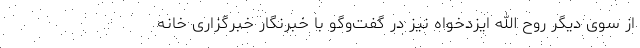
از سوی دیگر روح الله ایزدخواه نیز در گفت‌وگو با خبرنگار خبرگزاری خانه